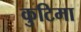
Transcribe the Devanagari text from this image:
कुटिमा